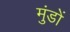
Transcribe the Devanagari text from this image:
मुंडों